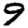
Digit: 9